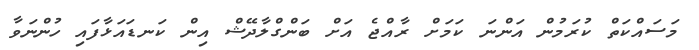
މަސައްކަތް ކުރަމުން އަންނަ ކަމަށް ރާއްޖެ އަށް ބަންގްލާދޭޝް އިން ކަނޑައަޅާފައި ހުންނަވާ